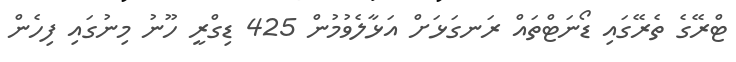
ޓްރޭގެ ތެރޭގައި ޑޯނަޓްތައް ރަނގަޅަށް އަޅާލެވުމުން 425 ޑިގްރީ ހޫނު މިނުގައި ފިހެން